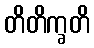
တိတိက္ခတိ